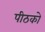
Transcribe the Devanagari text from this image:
पीठको